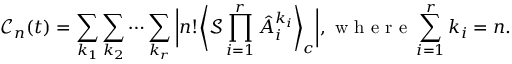
\mathcal { C } _ { n } ( t ) = \sum _ { k _ { 1 } } \sum _ { k _ { 2 } } \cdots \sum _ { k _ { r } } \bigg | n ! \bigg \langle \mathcal { S } \prod _ { i = 1 } ^ { r } \hat { A } _ { i } ^ { k _ { i } } \bigg \rangle _ { c } \bigg | , \mathrm { ~ w ~ h ~ e ~ r ~ e ~ } \sum _ { i = 1 } ^ { r } k _ { i } = n .